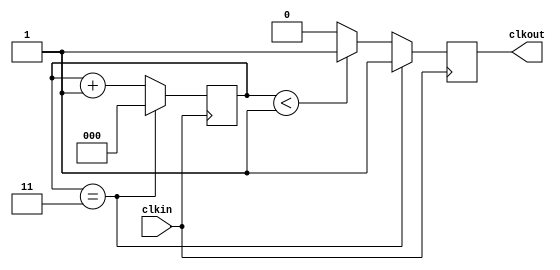
`timescale 1ns / 1ps
//////////////////////////////////////////////////////////////////////////////////
// Company: 
// Engineer: 
// 
// Design Name: 
// Module Name: week3
// Project Name: 
// Target Devices: 
// Tool Versions: 
// Description: 
// 
// Dependencies: 
// 
// Revision:
// Revision 0.01 - File Created
// Additional Comments:
// 
//////////////////////////////////////////////////////////////////////////////////

//----------------------Clock Division ---------------------------
module div(clkin, clkout); 

input clkin; 
output clkout; 

reg clkout; 
reg[2:0]cnt; 

initial cnt = 0; 

always@(posedge clkin)
begin 
    if(cnt ==3)
    begin 
        cnt<=0; 
        clkout<=1; 
    end 
    else if (cnt < 1) 
        begin
        cnt <= cnt + 1;
        clkout <= 1; 
    end
    else
    begin
        cnt <= cnt + 1; 
        clkout <= 0;
    end 
end
endmodule 

//------------------mux------------------------------- 
module mux(d0, d1, s, y);  
input d0, d1, s; 
output y; 
reg y; 

always@(d0 or d1 or s) 
begin 
	if(s==1) 
	y = d1; 
	else 
	y = d0; 
end 
endmodule  

//---------------------BCD---------------------------- 
module bcd (clkin, dout);

input clkin; //just changed the input name -> it worked i guess
output [3:0] dout; 
 
reg [3:0]dout; 
initial dout = 0; 

always @ (posedge(clkin))begin
     if (dout == 9) 
        dout <= 0;
     else
        dout <= dout + 1;
    end
endmodule

//-------------------Two Speed Counter------------------------- 
//!!! When  s  is  logic  1, the  BCD counter will run 4 times slower.
module top(clkin, s, y);
input clkin, s; 
output [3:0]y;  

wire clkd, clky; 

// clock instance [Gate 1]
div g1 (clkin, clkd); 
// mux instance [Gate 1]
mux g2( clkd, clkin, s, clky);
// BCD instance [Gate 1]  Double check right here 
bcd g3(clky, y);

endmodule